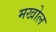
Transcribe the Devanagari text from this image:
मखोल